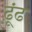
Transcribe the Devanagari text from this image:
ढ़ूंढ